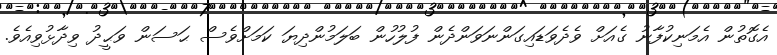
އެގޮތުން އެމަނިކުފާނު ގެއަށް ވެދެވަޑައިގަންނަވަންދެން ފުލުހުން ބަލަމުންދިޔަ ކަމަށްވެސް ޙަސަން ވަޙީދު ވިދާޅުވިއެވެ.